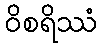
ဝိစရိဿံ